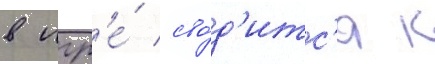
в игр'е́ сво́д'итс'я к